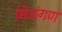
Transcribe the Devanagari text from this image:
मित्रांगण